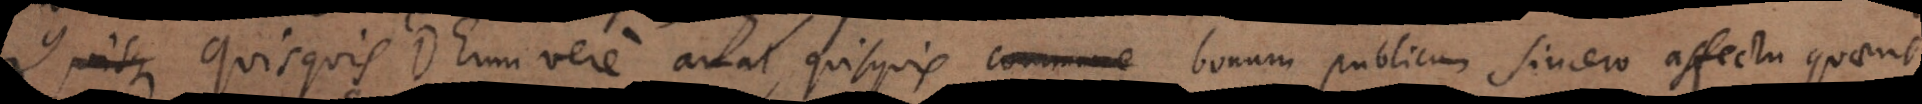
Quisque Quisquis Deum vere amat, quisquis commune bonum publicum sincero affectu quaerit,